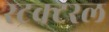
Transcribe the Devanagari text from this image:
स्ट्रक्टरल